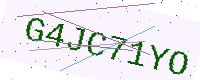
Text: G4JC71YO